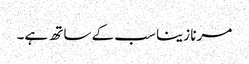
مرنا زینا سب کے ساتھ ہے۔